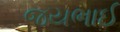
જયભાઈ